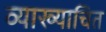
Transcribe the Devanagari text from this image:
व्याख्याचित